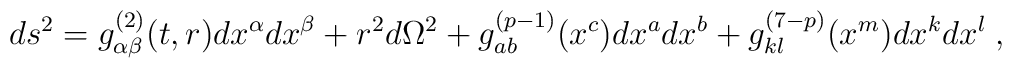
ds^2 = g_{\alpha\beta}^{(2)}(t,r)dx^\alpha dx^\beta +r^2d\Omega^2 + g_{ab}^{(p-1)}(x^c)dx^adx^b + g_{kl}^{(7-p)}(x^m)dx^kdx^l\; ,